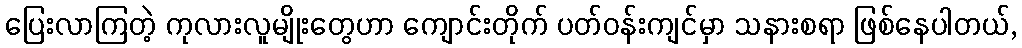
ပြေးလာကြတဲ့ ကုလားလူမျိုးတွေဟာ ကျောင်းတိုက် ပတ်ဝန်းကျင်မှာ သနားစရာ ဖြစ်နေပါတယ်,